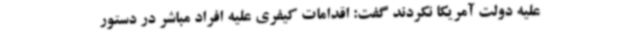
علیه دولت آمریکا نکردند گفت: اقدامات کیفری علیه افراد مباشر در دستور